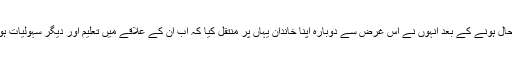
محمد خلیل اورکزئی کا اس حوالے سے کہنا ہے کہ علاقے میں امن بحال ہونے کے بعد انہوں نے اس غرض سے دوبارہ اپنا خاندان یہاں پر منتقل کیا کہ اب ان کے علاقے میں تعلیم اور دیگر سہولیات ہونگی، لیکن یہاں آنے پر صورتحال ان کے توقعات کے برعکس نکلا۔